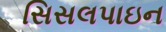
સિસલપાઇન